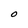
Character: O